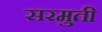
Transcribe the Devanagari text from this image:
सरमुती